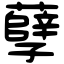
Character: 孽